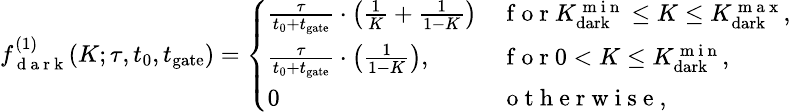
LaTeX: \small{f_{\mathit{\mathrm{~d~a~r~k~}}}^{(1)}(K;\tau,t_{0},t_{\mathrm{gate}})=\left\{ \begin{array}{ll}{\frac{\tau}{t_{0}+t_{\mathrm{gate}}}\cdot\left(\frac{1}{K}+\frac{1}{1-K}\right)}&{\mathrm{~f~o~r~}K_{\mathrm{dark}}^{\mathrm{~m~i~n~}}\leq K\leq K_{\mathrm{dark}}^{\mathrm{~m~a~x~}},}\\ {\frac{\tau}{t_{0}+t_{\mathrm{gate}}}\cdot\left(\frac{1}{1-K}\right),}&{\mathrm{~f~o~r~}0<K\leq K_{\mathrm{dark}}^{\mathrm{~m~i~n~}},}\\ {0}&{\mathrm{~o~t~h~e~r~w~i~s~e~},}\end{array}\right.}